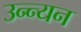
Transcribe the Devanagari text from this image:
उन्न्यन